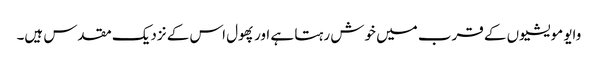
وایو مویشیوں کے قرب میں خوش رہتا ہے اور پھول اس کے نزدیک مقدس ہیں۔